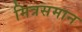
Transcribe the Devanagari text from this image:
मित्रसमान